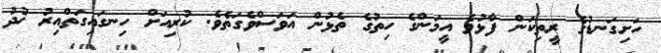
ހަށިގަނޑުގެ ރީތިކަން ފާޅުވެ އީމަންގެ ހިތުގެ ތެޅުން އަވަސްވެގަތެވެ. ކުރިއަށް ހިނގައިގަތްއިރު ޚުދު